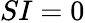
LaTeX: SI=0